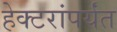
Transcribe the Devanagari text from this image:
हेक्टरांपर्यंत